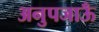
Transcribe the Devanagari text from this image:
अनुपजाऊँ